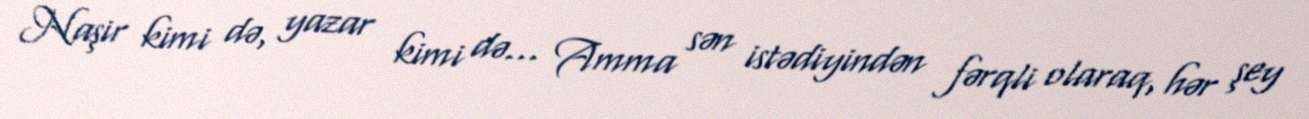
Naşir kimi də, yazar kimi də... Amma sən istədiyindən fərqli olaraq, hər şey